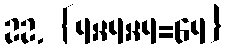
22. {4×4×4=64}